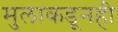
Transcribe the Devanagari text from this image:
मुलाकडूनही